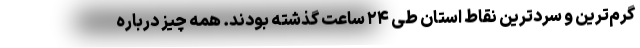
گرم‌ترین و سردترین نقاط استان طی ۲۴ ساعت گذشته بودند. همه چیز درباره